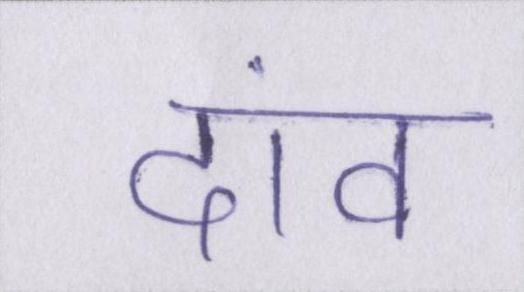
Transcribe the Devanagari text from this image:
दांव